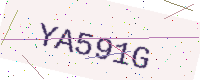
Text: YA591G